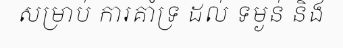
សម្រាប់ ការគាំទ្រ ដល់ ទម្ងន់ និង